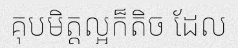
គុបមិត្តល្អក៏តិច ដែល